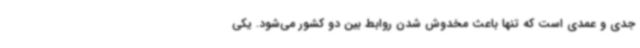
جدی و عمدی است که تنها باعث مخدوش شدن روابط بین دو کشور می‌شود. یکی